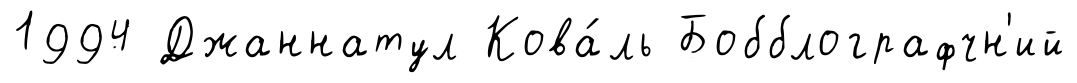
1994 Джаннатул Кова́ль Бобблографчн'ий